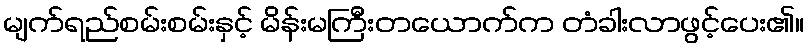
မျက်ရည်စမ်းစမ်းနှင့် မိန်းမကြီးတယောက်က တံခါးလာဖွင့်ပေး၏။